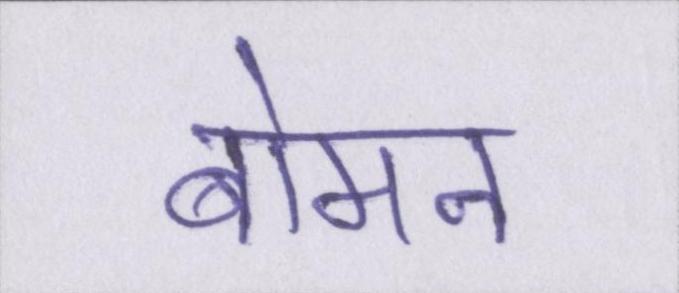
बोमन